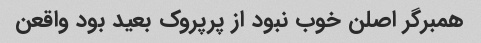
همبرگر اصلن خوب نبود از پرپروک بعید بود واقعن